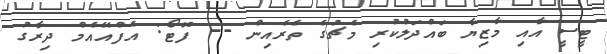
ޓީސީ އާއި މާޒިޔާ ބައްދަލުކުރި މެޗުގެ ތެރެއިން -- ފޮޓޯ: އެފްއޭއެމް ދިރާގު